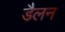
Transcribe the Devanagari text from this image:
डैलन